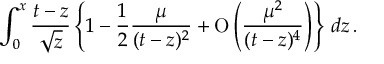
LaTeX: \int _ { 0 } ^ { x } { \frac { t - z } { \sqrt { z } } } \left\lbrace 1 - { \frac { 1 } { 2 } } { \frac { \mu } { ( t - z ) ^ { 2 } } } + \mathrm { O } \left( { \frac { \mu ^ { 2 } } { ( t - z ) ^ { 4 } } } \right) \right\rbrace \, d z \, .